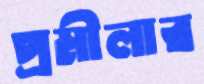
প্রমীলার